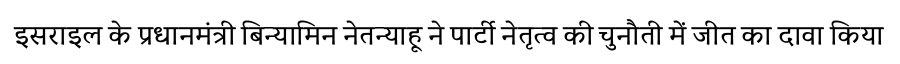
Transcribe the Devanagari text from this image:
इसराइल के प्रधानमंत्री बिन्यामिन नेतन्याहू ने पार्टी नेतृत्व की चुनौती में जीत का दावा किया